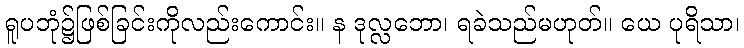
ရူပဘုံ၌ဖြစ်ခြင်းကိုလည်းကောင်း။ န ဒုလ္လဘော၊ ရခဲသည်မဟုတ်။ ယေ ပုရိသာ၊